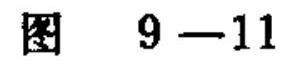
图\(9 - 11\)